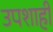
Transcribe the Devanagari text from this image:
उपशाही